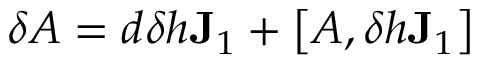
\delta A = d \delta h \mathbf { J } _ { 1 } + \left[ A , \delta h \mathbf { J } _ { 1 } \right]